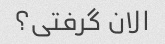
الان گرفتی؟